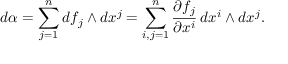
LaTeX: d \alpha = \sum _ { j = 1 } ^ { n } d f _ { j } \wedge d x ^ { j } = \sum _ { i , j = 1 } ^ { n } { \frac { \partial f _ { j } } { \partial x ^ { i } } } \, d x ^ { i } \wedge d x ^ { j } .